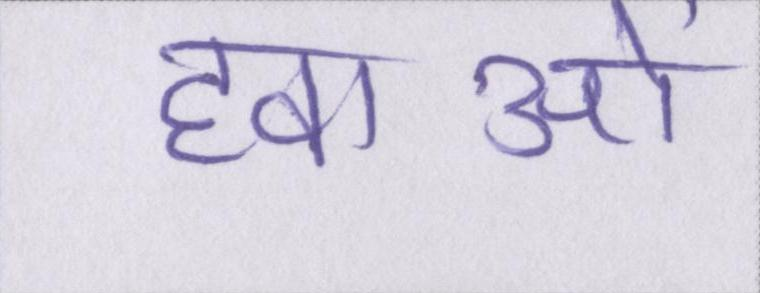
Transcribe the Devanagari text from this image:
हवाओं